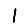
Digit: 1